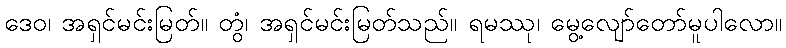
ဒေဝ၊ အရှင်မင်းမြတ်။ တွံ၊ အရှင်မင်းမြတ်သည်။ ရမဿု၊ မွေ့လျော်တော်မူပါလော။